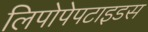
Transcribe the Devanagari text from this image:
लिपोपेपटाइडस